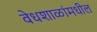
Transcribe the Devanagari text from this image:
वेधशाळांमधील